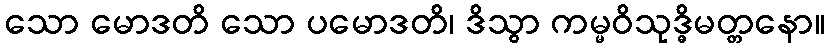
သော မောဒတိ သော ပမောဒတိ၊ ဒိသွာ ကမ္မဝိသုဒ္ဓိမတ္တနော။